Lunatic asylums Central Provinces reports 1886-1894 - 1886-1894
Year: 1886
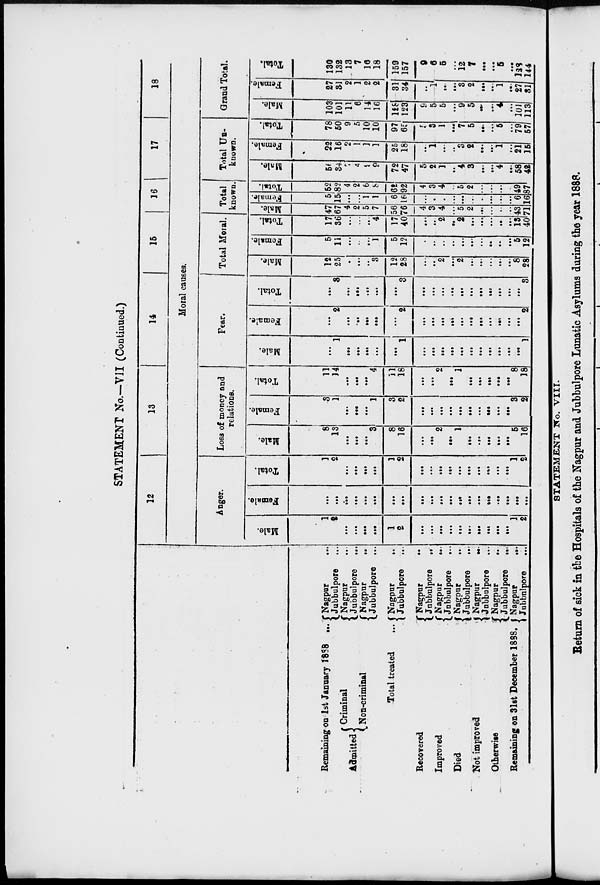
STATEMENT No.—VII (Continued.)
Remaining on 1st January 1888 ...
Admitted
Criminal
Non-criminal
Total treated
...
Recovered ...
Improved ...
Died ...
Not improved ...
Otherwise ...
Remaining on 31st December 1888.
Nagpur ...
Jubbulpore ...
Nagpur ...
Jubbulpore ...
Nagpur
...
Jubbulpore ...
Nagpur
...
Jubbulpore ...
Nagpur
...
Jubbulpore ...
Nagpur
...
Jubbulpore
...
Nagpur
...
Jubbulpore ...
Nagpur
...
Jubbulpore ...
Nagpur
...
Jubbulpore
...
Nagpur
...
Jubbulpore
...
12
13
14
15
16
17
18
Moral causes.
Anger.
Male.
1
2
...
...
...
...
1
2
...
...
...
...
...
...
...
...
...
...
1
2
Female.
...
...
...
...
...
...
...
...
...
...
...
...
...
...
...
...
...
...
...
...
Total.
1
2
...
...
...
...
1
2
...
...
...
...
...
...
...
...
...
...
1
2
Loss of money and
relations.
Male.
8
13
...
...
...
3
8
16
...
...
2
...
1
...
...
...
...
...
5
16
Female.
3
1
...
...
...
1
3
2
...
...
...
...
...
...
...
...
...
...
3
2
Total.
11
14
...
...
...
4
11
18
...
...
2
...
1
...
...
...
...
...
8
18
Fear.
Male.
...
1
...
...
...
...
...
1
...
...
...
...
...
...
...
...
...
...
...
1
Female.
...
2
...
...
...
...
...
2
...
...
...
...
...
...
...
...
...
...
...
2
Total.
...
3
...
...
...
...
...
3
...
...
...
...
...
...
...
...
...
...
...
3
Total Moral.
Male.
12
25
...
...
...
3
12
28
...
...
2
...
2
...
...
...
...
...
8
28
Female.
5
11
...
..
...
1
5
12
...
...
...
...
...
...
...
...
...
...
5
12
Total.
17
36
...
...
...
4
17
40
...
...
2
...
2
...
...
...
...
...
13
40
Total
known.
Male.
47
67
4
2
5
7
56
76
4
3
4
...
5
2
...
...
...
...
43
71
Female.
5
15
...
...
1
1
6
16
...
...
...
...
...
...
...
...
...
...
6
16
Total.
52
82
4
2
6
8
62
92
4
3
4
...
5
2
...
...
...
...
49
87
Total Un-
known.
Male.
56
34
7
4
9
9
72
47
5
2
1
...
4
3
...
...
4
...
58
42
Female.
22
16
2
1
1
1
25
18
...
1
...
...
3
2
...
...
1
...
21
15
Total.
78
50
9
5
10
10
97
65
5
3
1
...
7
5
...
...
5
...
79
57
Grand Total.
Male.
103
101
11
6
14
16
128
123
9
5
5
...
9
5
...
...
4
...
101
113
Female.
27
31
2
1
2
2
31
34
...
1
...
...
3
2
...
...
1
...
27
31
Total.
130
132
13
7
16
18
159
157
9
6
5
...
12
7
...
...
5
...
128
144